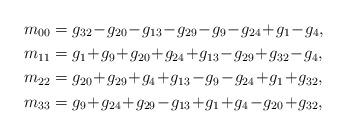
LaTeX: \begin{align*}m_{00}&=g_{32}\!-\!g_{20}\!-\!g_{13}\!-\!g_{29}\!-\!g_{9}\!-\!g_{24}\!+\!g_{1}\!-\!g_{4},\\m_{11}&=g_{1}\!+\!g_{9}\!+\!g_{20}\!+\!g_{24}\!+\!g_{13}\!-\!g_{29}\!+\!g_{32}\!-\!g_{4},\\m_{22}&=g_{20}\!+\!g_{29}\!+\!g_{4}\!+\!g_{13}\!-\!g_{9}\!-\!g_{24}\!+\!g_{1}\!+\!g_{32},\\m_{33}&=g_{9}\!+\!g_{24}\!+\!g_{29}\!-\!g_{13}\!+\!g_{1}\!+\!g_{4}\!-\!g_{20}\!+\!g_{32},\end{align*}